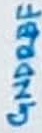
Text: GNDREF